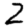
Digit: 2